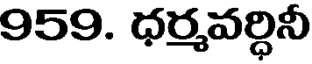
959. ధర్మవర్ధినీ